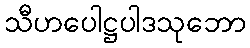
သီဟပေါဋ္ဌပါဒသုဘော